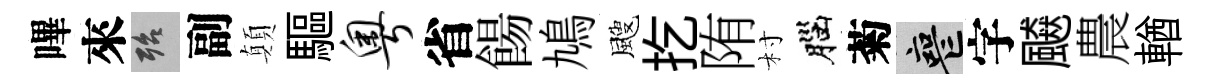
嗶來殆副顛驅粤省餳鳩颼扢陏村腦菊喪字飇農輶